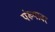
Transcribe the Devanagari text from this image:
पंख्यावर